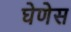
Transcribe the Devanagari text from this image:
घेणेस